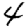
Digit: 4